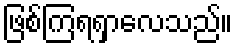
ဖြစ်ကြရရှာလေသည်။